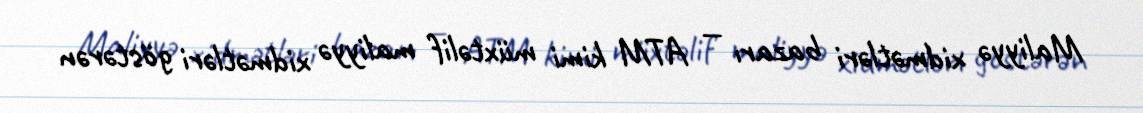
Maliyyə xidmətləri bazarı — ATM kimi müxtəlif maliyyə xidmətləri göstərən